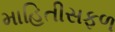
માહિતીસફળ